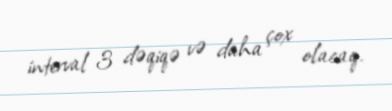
interval 3 dəqiqə və daha çox olacaq.